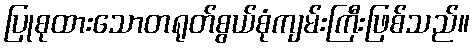
ပြုစုထားသောတရုတ်စွယ်စုံကျမ်းကြီးဖြစ်သည်။